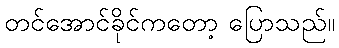
တင်အောင်ခိုင်ကတော့ ပြောသည်။